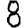
Digit: 8